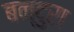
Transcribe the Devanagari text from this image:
बन्दुरा